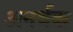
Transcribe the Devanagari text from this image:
अनर्थक